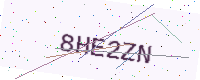
Text: 8HE2ZN